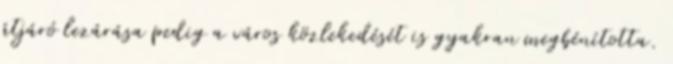
átjáró lezárása pedig a város közlekedését is gyakran megbénította.